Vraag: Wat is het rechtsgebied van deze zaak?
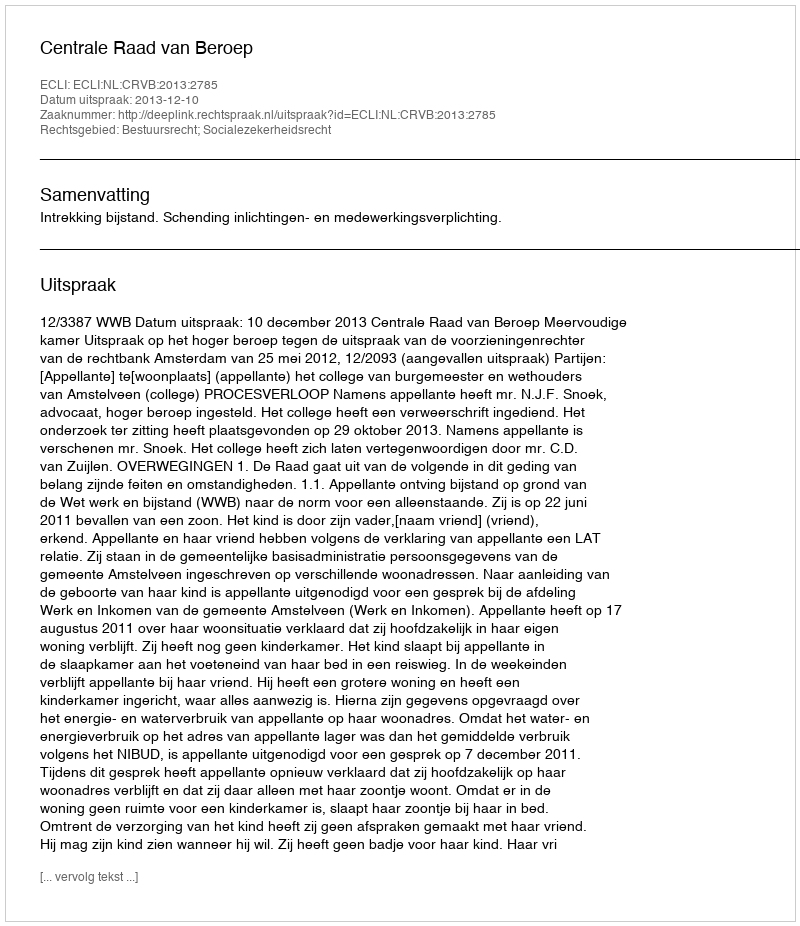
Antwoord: Bestuursrecht; Socialezekerheidsrecht